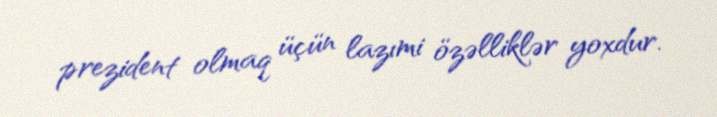
prezident olmaq üçün lazımi özəlliklər yoxdur.